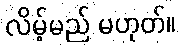
လိမ့်မည် မဟုတ်။